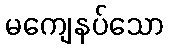
မကျေနပ်သော